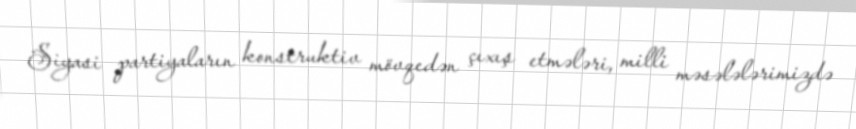
Siyasi partiyaların konstruktiv mövqedən çıxış etmələri, milli məsələlərimizdə